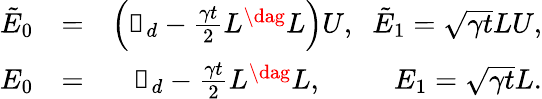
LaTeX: \begin{array}{rlr}{\tilde{E}_{0}}&{=}&{\left(\mathbb{1}_{d}-\frac{\gamma t}{2}L^{\dag}L\right)U,\; \; \tilde{E}_{1}=\sqrt{\gamma t}LU,}\\ {E_{0}}&{=}&{\mathbb{1}_{d}-\frac{\gamma t}{2}L^{\dag}L,\; \; \; \; \; \; \; \; \; E_{1}=\sqrt{\gamma t}L.}\end{array}